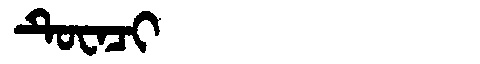
Manchu: ᡨᡠᠸᠠᠴᡳ
Romanization: TUWACI